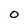
Character: O